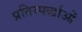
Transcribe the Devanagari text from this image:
प्रतिस्पर्द्धाओं